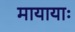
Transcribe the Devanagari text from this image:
मायायाः